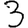
Digit: 3